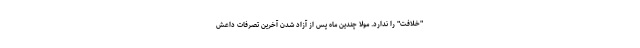
"خلافت" را ندارد. مولا چندین ماه پس از آزاد شدن آخرین تصرفات داعش